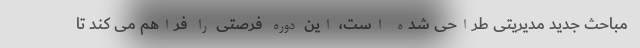
مباحث جدید مدیریتی طراحی شده است، این دوره فرصتی را فراهم می کند تا